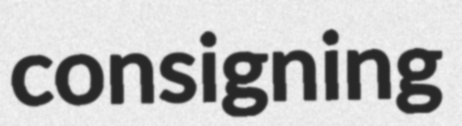
consigning